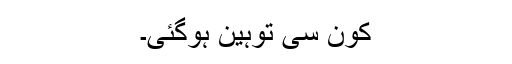
کون سی توہین ہوگئی۔